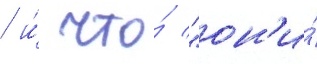
/ и́ что́ "он'и́